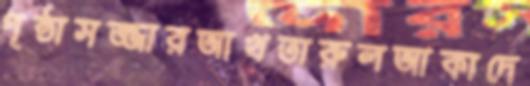
পৃষ্ঠাসজ্জারআখতারুলআকাদে